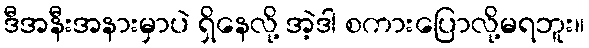
ဒီအနီးအနားမှာပဲ ရှိနေလို့ အဲ့ဒါ စကားပြောလို့မရဘူး။